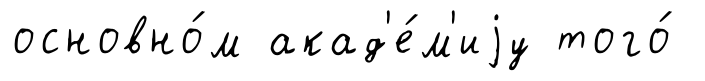
основно́м акад'е́м'иjу того́